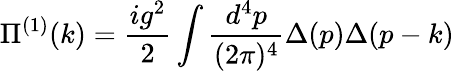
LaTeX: \Pi^{(1)}(k)={\frac{ig^{2}}{2}}\int{\frac{d^{4}p}{(2\pi)^{4}}}\Delta(p)\Delta(p-k)